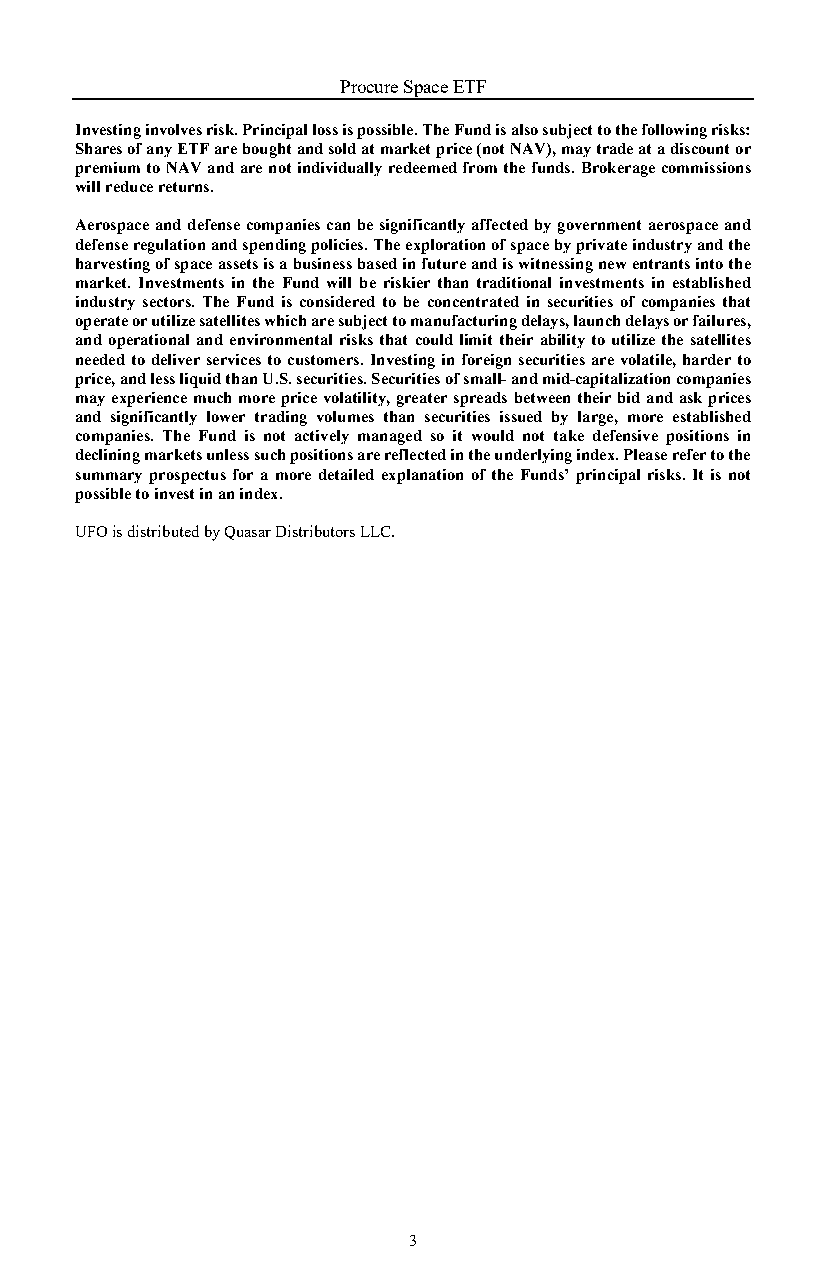
Procure Space ETF
 Investing involves risk. Principal loss is possible. The Fund is also subject to the following risks:
 Shares of any ETF are bought and sold at market price (not NAV), may trade at a discount or
 premium to NAV and are not individually redeemed from the funds. Brokerage commissions
 will reduce returns.
 Aerospace and defense companies can be significantly affected by government aerospace and
 defense regulation and spending policies. The exploration of space by private industry and the
 harvesting of space assets is a business based in future and is witnessing new entrants into the
 market. Investments in the Fund will be riskier than traditional investments in established
 industry sectors. The Fund is considered to be concentrated in securities of companies that
 operate or utilize satellites which are subject to manufacturing delays, launch delays or failures,
 and operational and environmental risks that could limit their ability to utilize the satellites
 needed to deliver services to customers. Investing in foreign securities are volatile, harder to
 price, and less liquid than U.S. securities. Securities of small- and mid-capitalization companies
 may experience much more price volatility, greater spreads between their bid and ask prices
 and significantly lower trading volumes than securities issued by large, more established
 companies. The Fund is not actively managed so it would not take defensive positions in
 declining markets unless such positions are reflected in the underlying index. Please refer to the
 summary prospectus for a more detailed explanation of the Funds’ principal risks. It is not
 possible to invest in an index.
 UFO is distributed by Quasar Distributors LLC.
 3